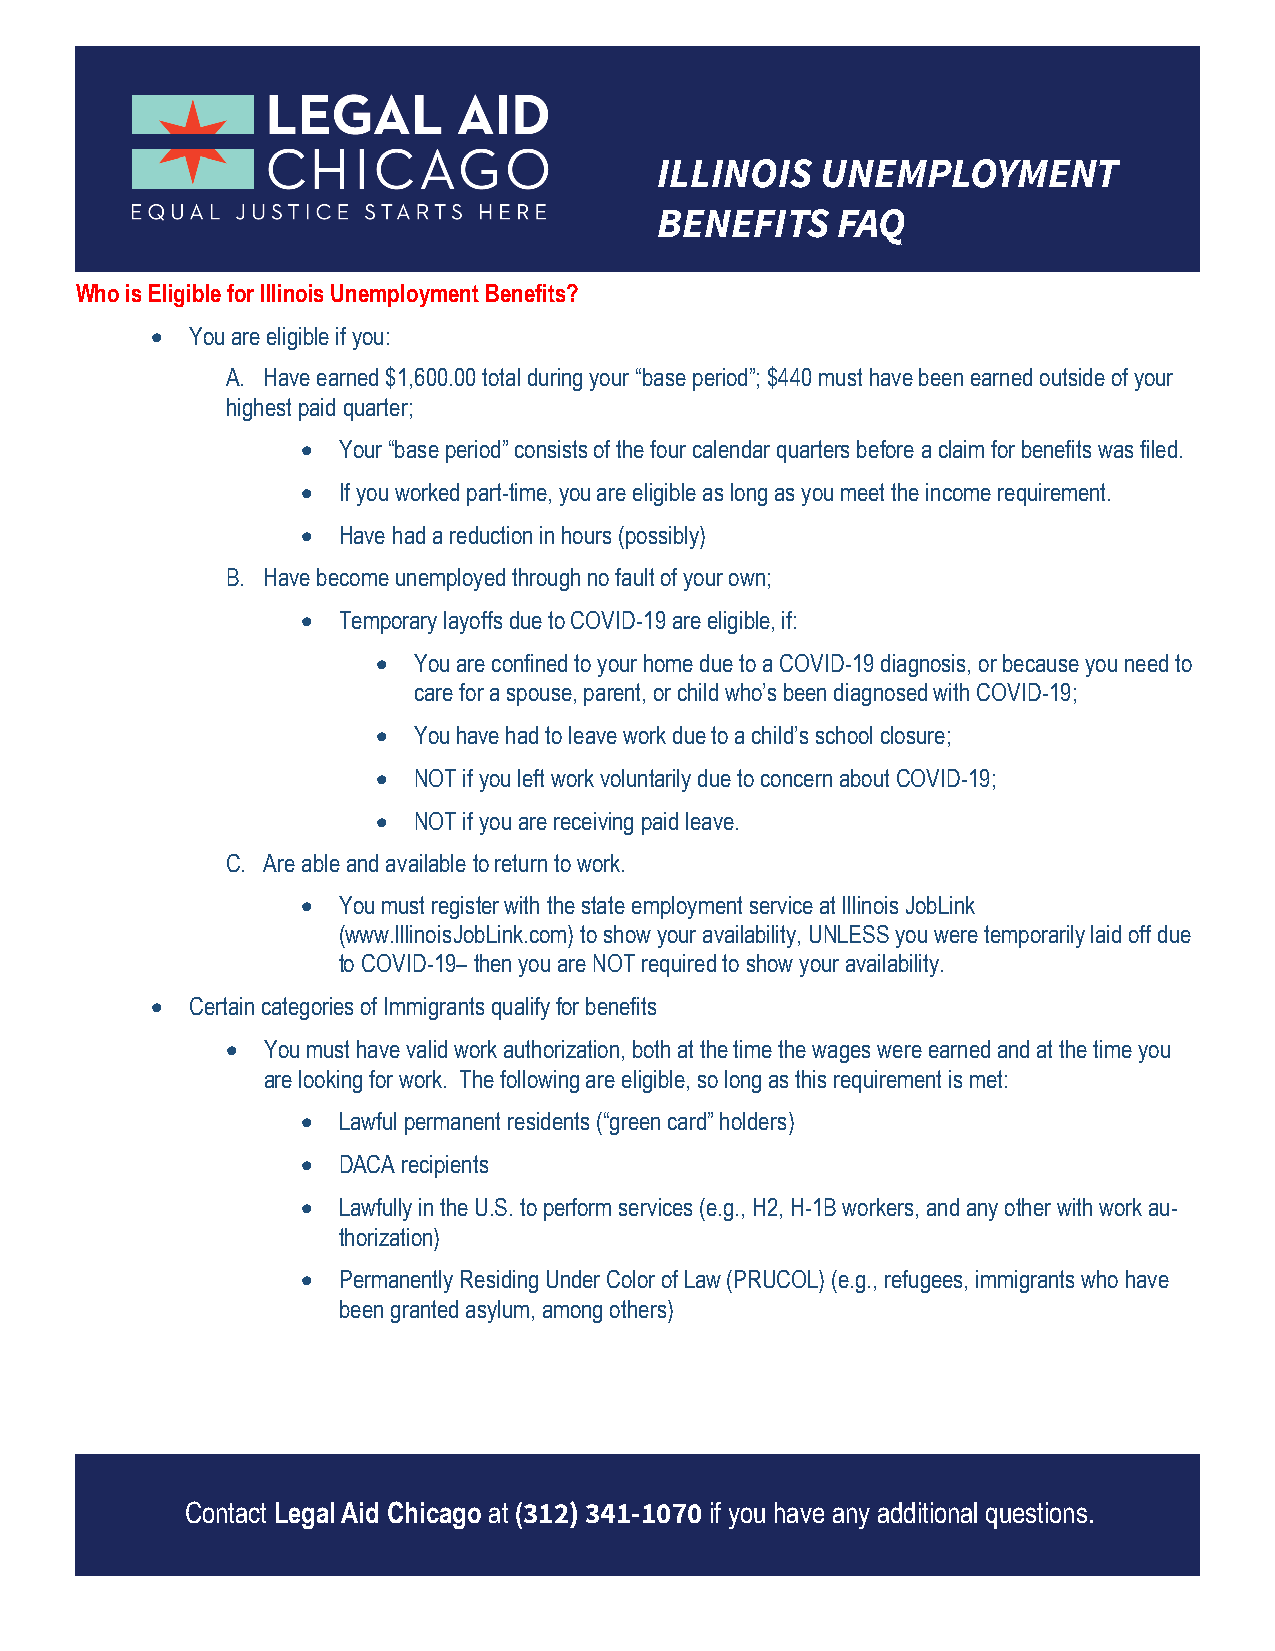
ILLINOIS  UNEMPLOYMENT
 BENEFITS   FAQ
 Who is Eligible for Illinois Unemployment Benefits?
  You are eligible if you:
 A. Have earned $1,600.00 total during your “base period”; $440 must have been earned outside of your
 highest paid quarter;
  Your “base period” consists of the four calendar quarters before a claim for benefits was filed.
  If you worked part-time, you are eligible as long as you meet the income requirement.
  Have had a reduction in hours (possibly)
 B. Have become unemployed through no fault of your own;
  Temporary layoffs due to COVID-19 are eligible, if:
  You are confined to your home due to a COVID-19 diagnosis, or because you need to
 care for a spouse, parent, or child who’s been diagnosed with COVID-19;
  You have had to leave work due to a child’s school closure;
  NOT if you left work voluntarily due to concern about COVID-19;
  NOT if you are receiving paid leave.
 C. Are able and available to return to work.
  You must register with the state employment service at Illinois JobLink
 (www.IllinoisJobLink.com) to show your availability, UNLESS you were temporarily laid off due
 to COVID-19– then you are NOT required to show your availability.
  Certain categories of Immigrants qualify for benefits
  You must have valid work authorization, both at the time the wages were earned and at the time you
 are looking for work. The following are eligible, so long as this requirement is met:
  Lawful permanent residents (“green card” holders)
  DACA recipients
  Lawfully in the U.S. to perform services (e.g., H2, H-1B workers, and any other with work au-
 thorization)
  Permanently Residing Under Color of Law (PRUCOL) (e.g., refugees, immigrants who have
 been granted asylum, among others)
 Contact Legal Aid Chicago at (312) 341-1070 if you have any additional questions.